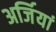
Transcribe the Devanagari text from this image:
अर्जियां